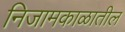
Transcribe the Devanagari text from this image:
निजामकाळातील